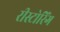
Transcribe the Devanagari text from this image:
रीस्टोरिंग